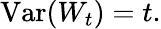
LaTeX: \operatorname{Var}(W_{t})=t.